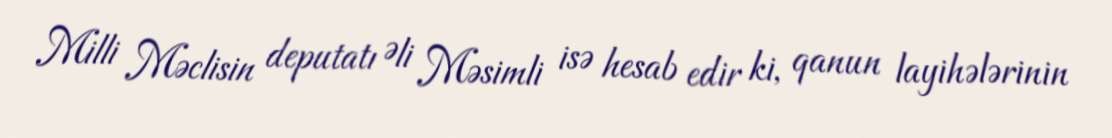
Milli Məclisin deputatı Əli Məsimli isə hesab edir ki, qanun layihələrinin